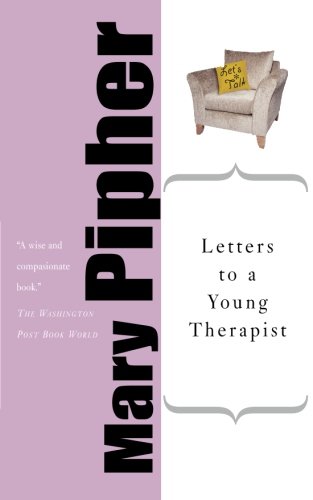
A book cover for Letters to a Young Therapist (Art of Mentoring); Mary Pipher; Health, Fitness & Dieting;